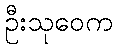
ဦးသုဝေက